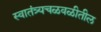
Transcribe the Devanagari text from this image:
स्वातंत्र्यचळवळीतील